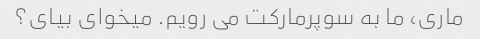
ماری، ما به سوپرمارکت می رویم. میخوای بیای؟